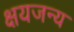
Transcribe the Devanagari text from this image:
क्षयजन्य